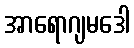
အာရောဂျမဒေါ